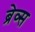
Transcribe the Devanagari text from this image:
ब्रेव्स